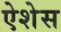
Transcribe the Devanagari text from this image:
ऐशेस